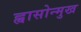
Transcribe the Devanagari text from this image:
ह्वासोन्मुख